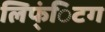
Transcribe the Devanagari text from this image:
लिफ्ंिटग